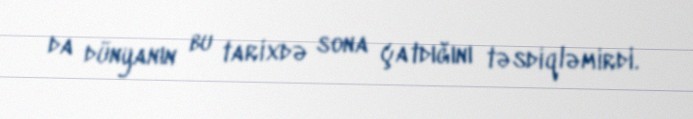
da dünyanın bu tarixdə sona çatdığını təsdiqləmirdi.